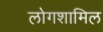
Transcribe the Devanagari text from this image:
लोगशामिल